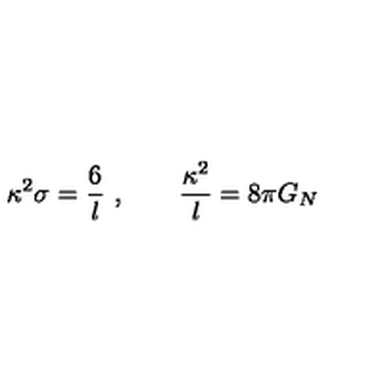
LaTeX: \kappa ^ { 2 } \sigma = { \frac { 6 } { l } } \ , \qquad { \frac { \kappa ^ { 2 } } { l } } = 8 \pi G _ { N }